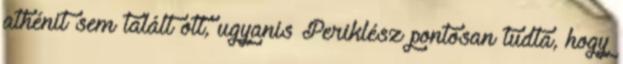
athénit sem talált ott, ugyanis Periklész pontosan tudta, hogy